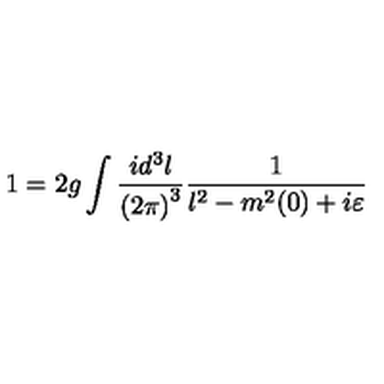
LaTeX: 1 = 2 g \int \frac { i d ^ { 3 } l } { { ( 2 \pi ) } ^ { 3 } } \frac { 1 } { l ^ { 2 } - m ^ { 2 } ( 0 ) + i \varepsilon }